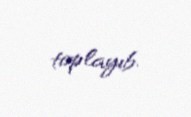
toplayıb.